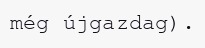
még újgazdag).